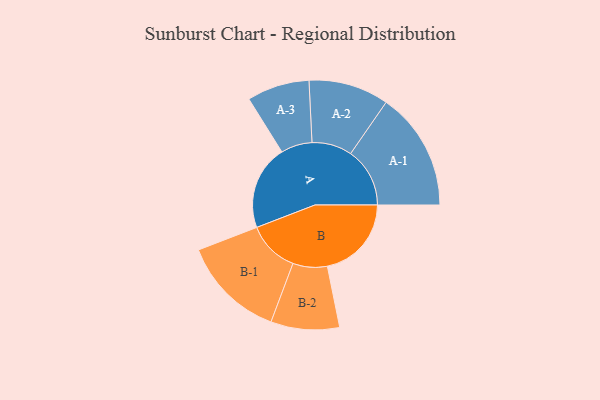
{"axis": {"x": "Segment", "y": "Value"}, "legend": ["", "A", "B"], "data": [{"x": "A", "y": 306, "type": ""}, {"x": "B", "y": 304, "type": ""}, {"x": "A-1", "y": 214, "type": "A"}, {"x": "A-2", "y": 145, "type": "A"}, {"x": "A-3", "y": 113, "type": "A"}, {"x": "B-1", "y": 187, "type": "B"}, {"x": "B-2", "y": 124, "type": "B"}]}